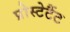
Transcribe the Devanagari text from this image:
प्रोस्टेटैंट